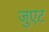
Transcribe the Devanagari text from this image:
जुएट